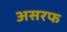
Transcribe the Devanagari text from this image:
असरफ